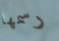
رسمها